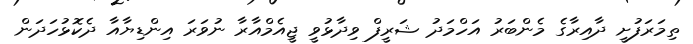
ތިމަރަފުށީ ދާއިރާގެ މެންބަރު އަހްމަދު ޝަރީފް ވިދާޅުވީ ޖީއެމްއާރާ ނުވަރަ އިންޑިޔާއާ ދެކޮޅުހަދަން